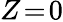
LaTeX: Z\! =\! 0